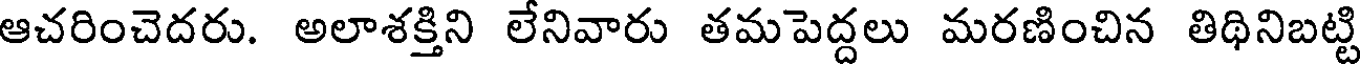
ఆచరించెదరు. అలాశక్తిని లేనివారు తమపెద్దలు మరణించిన తిథినిబట్టి